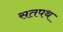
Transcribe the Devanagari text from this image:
सतपथ